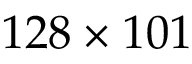
1 2 8 \times 1 0 1